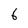
Character: 6